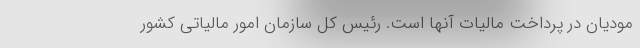
مودیان در پرداخت مالیات آنها است. رئیس کل سازمان امور مالیاتی کشور